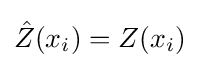
{\hat {Z}}(x_{i})=Z(x_{i})